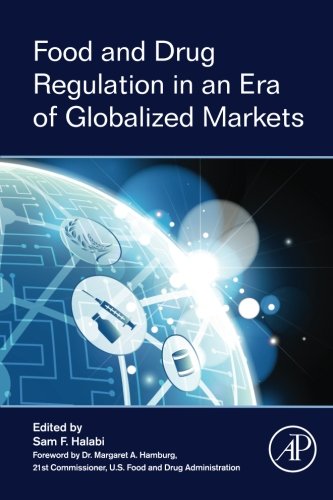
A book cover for Food and Drug Regulation in an Era of Globalized Markets; Law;